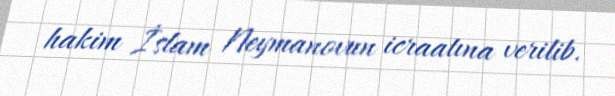
hakim İslam Neymanovun icraatına verilib.